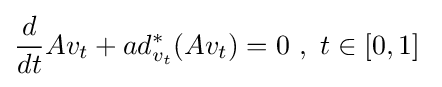
{\frac {d}{dt}}Av_{t}+ad_{v_{t}}^{*}(Av_{t})=0\ ,\ t\in [0,1]\